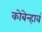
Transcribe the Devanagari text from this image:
कोबेन्हावं